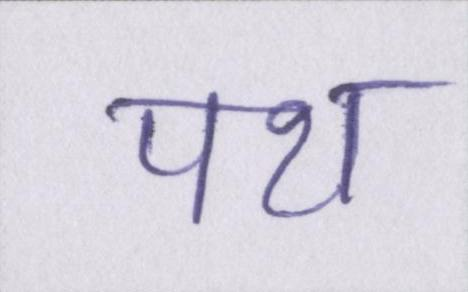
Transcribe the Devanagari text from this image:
पथ